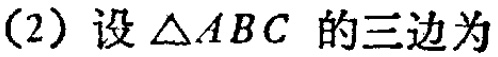
(2) 设$\triangle ABC$ 的三边为